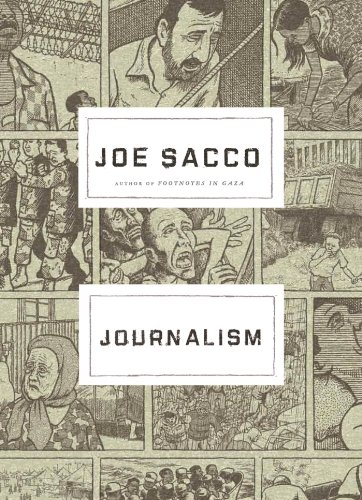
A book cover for Journalism; Joe Sacco; Comics & Graphic Novels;